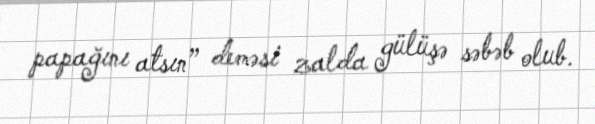
papağını atsın” deməsi zalda gülüşə səbəb olub.